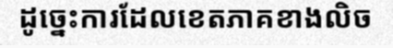
ដូច្នេះការដែលខេតភាគខាងលិច